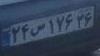
۲۴س۱۷۶۳۶